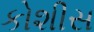
કોશીસ